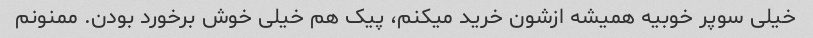
خیلی سوپر خوبیه همیشه ازشون خرید میکنم، پیک هم خیلی خوش برخورد بودن. ممنونم